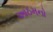
આઠમનો